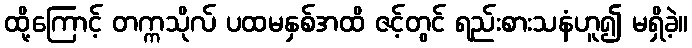
ထို့ကြောင့် တက္ကသိုလ် ပထမနှစ်အထိ ဇင့်တွင် ရည်းစားသနံဟူ၍ မရှိခဲ့။